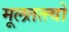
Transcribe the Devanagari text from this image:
मूलतत्त्वों